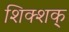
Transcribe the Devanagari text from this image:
शिक्शक्